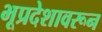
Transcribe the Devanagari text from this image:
भूप्रदेशावरून